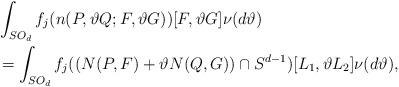
LaTeX: \begin{align*} &\int_{SO_d} f_j(n(P,\vartheta Q;F,\vartheta G)) [F, \vartheta G]\nu (d\vartheta ) \\&= \int_{SO_d} f_j((N(P,F) +\vartheta N(Q,G))\cap S^{d-1}) [L_1, \vartheta L_2]\nu (d\vartheta ),\end{align*}